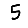
Digit: 5